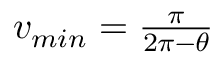
\begin{array} { r } { v _ { m i n } = \frac { \pi } { 2 \pi - \theta } } \end{array}